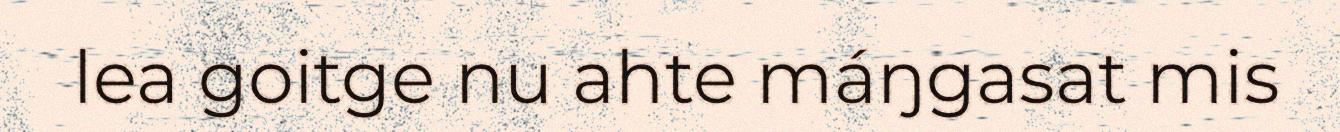
lea goitge nu ahte máŋgasat mis